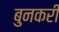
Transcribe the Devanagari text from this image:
बुनकरी